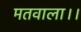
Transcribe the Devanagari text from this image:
मतवाला।।